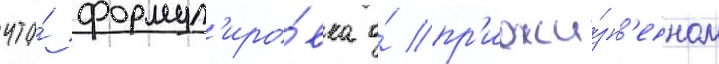
что́ формул'иро́вка о́ пр'ижи́зн'енном